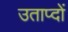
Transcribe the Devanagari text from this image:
उताप्दों